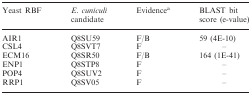
| Yeast RBF | E. cuniculi candidate | Evidencea | BLAST bit score (e-value) |
 | --- | --- | --- | --- |
 | AIR1 | Q8SU59 | F/B | 59 (4E-10) |
 | CSL4 | Q8SVT7 | F | – |
 | ECM16 | Q8SR50 | F/B | 164 (1E-41) |
 | ENP1 | Q8STP8 | F | – |
 | POP4 | Q8SUV2 | F | – |
 | RRP1 | Q8SV05 | F | – |